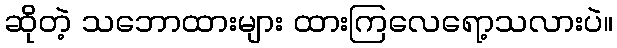
ဆိုတဲ့ သဘောထားများ ထားကြလေရော့သလားပဲ။